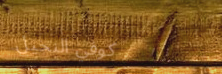
كوفي النخيل